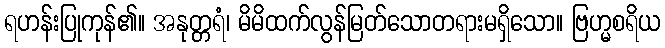
ရဟန်းပြုကုန်၏။ အနုတ္တရံ၊ မိမိထက်လွန်မြတ်သောတရားမရှိသော။ ဗြဟ္မစရိယ